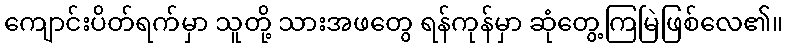
ကျောင်းပိတ်ရက်မှာ သူတို့ သားအဖတွေ ရန်ကုန်မှာ ဆုံတွေ့ကြမြဲဖြစ်လေ၏။